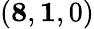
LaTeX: (\mathbf{8},\mathbf{1},0)